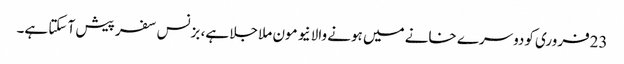
23فروری کودوسرے خانے میں ہونے والا نیو مون ملا جلا ہے، بزنس سفر پیش آ سکتا ہے۔